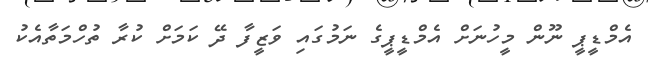
އެމްޑީޕީ ނޫން މީހުނަށް އެެމްޑީޕީގެ ނަމުގައި ވަޒީފާ ދޭ ކަމަށް ކުރާ ތުހްމަތާއެކު